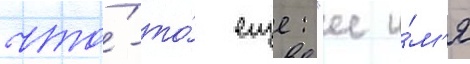
что́-то́ еще: "ее и́м'я